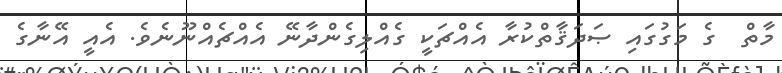
މާތް  ގެ މަގުގައި ޞަދަޤާތްކުރާ އެއްޗަކީ ގެއްލިގެންދާނޭ އެއްޗެއްނޫނެވެ. އެއީ އޭނާގެ